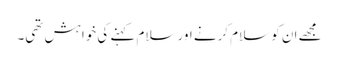
مجھے ان کو سلام کرنے اور سلام کہنے کی خواہش تھی۔